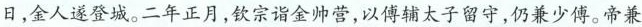
日，金人遂登城。二年正月，钦宗诣金帅营，以傅辅太子留守，仍兼少傅。帝兼